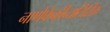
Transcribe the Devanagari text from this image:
नाणेफेकीव्यतिरिक्त